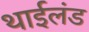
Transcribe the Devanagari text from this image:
थाईलंड